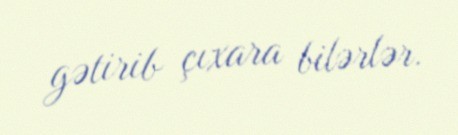
gətirib çıxara bilərlər.